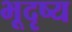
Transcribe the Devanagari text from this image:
भूदृष्य